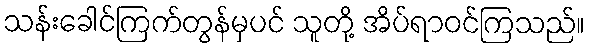
သန်းခေါင်ကြက်တွန်မှပင် သူတို့ အိပ်ရာဝင်ကြသည်။